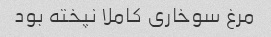
مرغ سوخاری کاملا نپخته بود